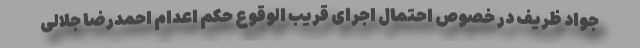
جواد ظریف در خصوص احتمال اجرای قریب الوقوع حکم اعدام احمدرضا جلالی